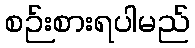
စဉ်းစားရပါမည်